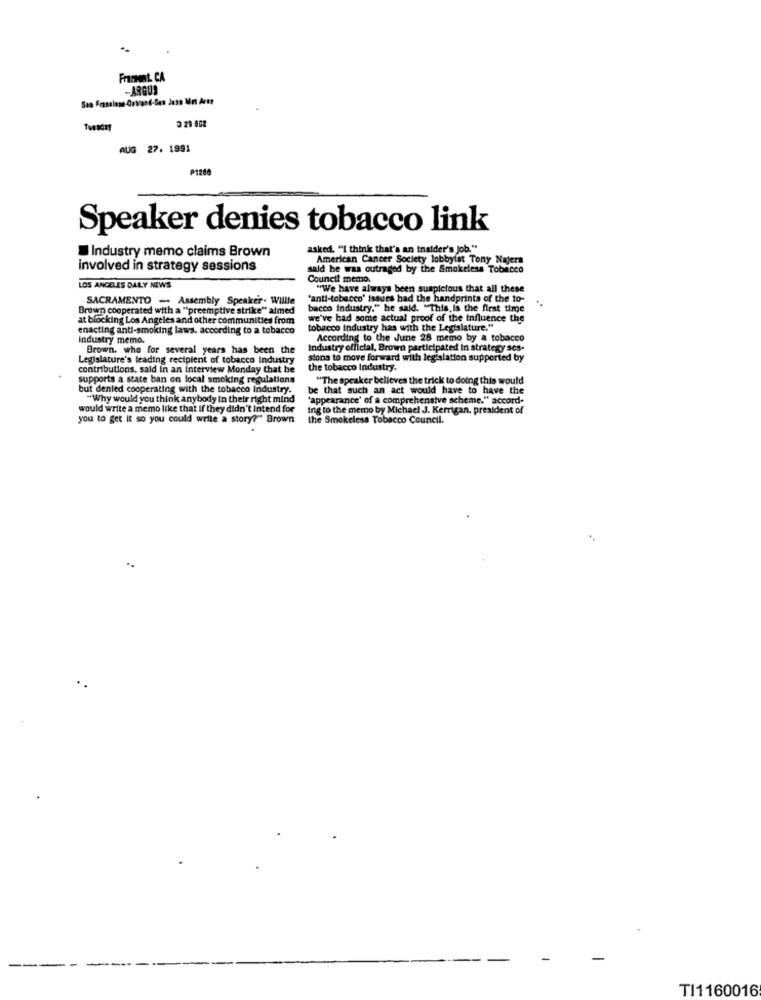
Frachat CA
-ARGUS
3 29 502
AUG 27. 1991
P1200
Speaker denies tobacco link
Industry memo claims Brown
asked. "I think that's an insider's Job."
American Cancer Society lobbyist Tony Najera
involved in strategy sessions
said he was outraged by the Smokeless Tobacco
Council memo.
LOS ANGELES DAILY NEWS
"We have always been suspicious that all these
SACRAMENTO - Assembly Speaker- Willle
"anti-tobacco' issues had the handprints of the to-
Brown cooperated with a "preemptive strike" almed
bacco Industry." he said. "This is the first time
at blocking Los Angeles and other communities from
we've had some actual proof of the influence the
enacting anti-smoking laws. according to a tobacco
tobacco industry has with the Legislature."
Industry memo.
According to the June 28 memo by a tobacco
Brown. who for several years has been the
Industry official, Brown participated in strategy ses-
Legislature's leading recipient of tobacco Industry
sions to move forward with legislation supported by
contributions, sald in an interview Monday that he
the tobacco Industry.
supports a state ban on local smoking regulations
"The speaker believes the trick to doing this would
but denied cooperating with the tobacco industry.
be that such an act would have to have the
"Why would you think anybody In their right mind
"appearance' of a comprehensive scheme." accord-
would write a memo like that If they didn't Intend for
ing to the memo by Michael J. Kerrigan, president of
you to get it so you could write a story?"" Brown
the Smokeless Tobacco Council.
TI1160016